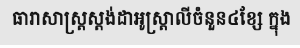
ធារាសាស្ត្រស្តង់ដាអូស្ត្រាលីចំនួន៤ខ្សែ ក្នុង